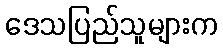
ဒေသပြည်သူများက